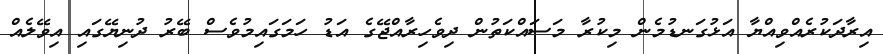
އިރާދަކުރެއްވިއްޔާ އަޅުގަނޑުމެން މިކުރާ މަސައްކަތުން ދިވެހިރާއްޖޭގެ އަޑު ހަމަގައިމުވެސް ބޭރު ދުނިޔޭގައި އިވޭލެއް